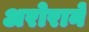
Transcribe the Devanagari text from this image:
अरोराने